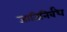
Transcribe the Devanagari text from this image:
जातिनिर्बंध